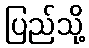
ပြည်သို့